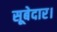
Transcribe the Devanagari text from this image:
सूबेदार।